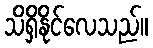
သိရှိနိုင်လေသည်။